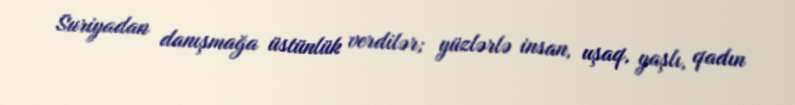
Suriyadan danışmağa üstünlük verdilər; yüzlərlə insan, uşaq, yaşlı, qadın